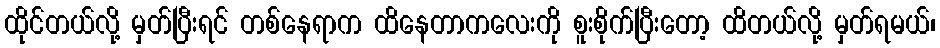
ထိုင်တယ်လို့ မှတ်ပြီးရင် တစ်နေရာက ထိနေတာကလေးကို စူးစိုက်ပြီးတော့ ထိတယ်လို့ မှတ်ရမယ်၊